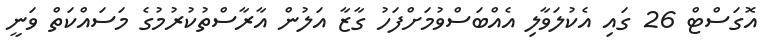
އޮގަސްޓް 26 ގައި އެކުލަވާލި އެއްބަސްވުމަށްފަހު ގާޒާ އަލުން އާރާސްތުކުރުމުގެ މަސައްކަތް ވަނީ